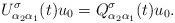
LaTeX: \begin{align*} U^\sigma_{\alpha_2 \alpha_1}(t) u_0 = Q^\sigma_{\alpha_2\alpha_1}(t) u_0.\end{align*}